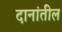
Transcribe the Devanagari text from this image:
दानांतील